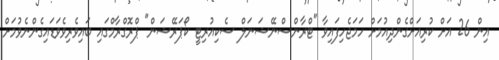
އިން 26 އަށް ކުރިއަށްގެންދިއުމަށް ހަމަޖެހިފައިވާ "ޓްރާންސްނޭޝަނަލް ސެކިއުރިޓީ ކޯޕަރޭޝަން" ޕްރޮގްރާމްގައި ބައިވެރިވެވަޑައިގެންނެވުމަށް